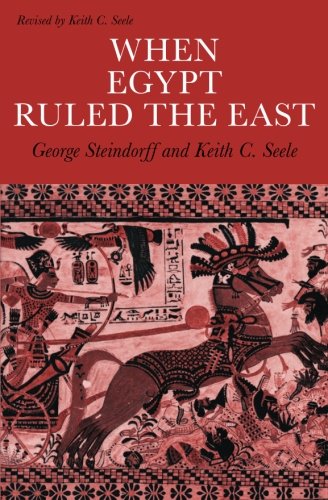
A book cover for When Egypt Ruled the East (Phoenix Books); George Steindorff; History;